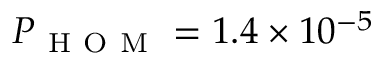
P _ { \mathrm { ~ H ~ O ~ M ~ } } = 1 . 4 \times 1 0 ^ { - 5 }